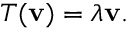
T ( \mathbf { v } ) = \lambda \mathbf { v } .